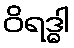
ဝိရဒ္ဓါ